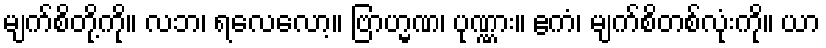
မျက်စိတို့ကို။ လဘ၊ ရလေလော့။ ဗြာဟ္မဏ၊ ပုဏ္ဏား။ ဧကံ၊ မျက်စိတစ်လုံးကို။ ယာ